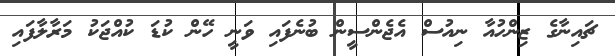
ޗައިނާގެ ޒިންހުއާ ނިއުސް އެޖެންސީން ބުނެފައި ވަނީ ހޭން ކުޑަ ކުއްޖަކު މަރާލާފައި